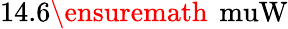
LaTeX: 14.6\ensuremath{\, \mathrm{\ muW}}